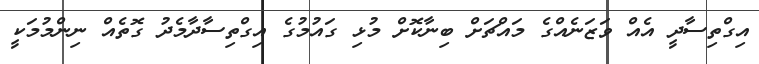
އިގްތިސާދީ އެއް ވަޒަނެއްގެ މައްޗަށް ބިނާކޮށް މުޅި ގައުމުގެ އިގްތިސާދާމެދު ގޮތެއް ނިންމުމަކީ